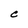
Character: e